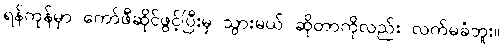
ရန်ကုန်မှာ ကော်ဖီဆိုင်ဖွင့်ပြီးမှ သွားမယ် ဆိုတာကိုလည်း လက်မခံဘူး။